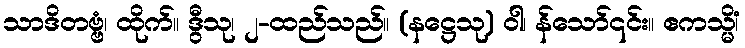
သာဒိတဗ္ဗံ၊ ထိုက်။ ဒွီသု၊ ၂-ထည်သည်။ (နဋ္ဌေသု) ဝါ၊ န်သော်၎င်း။ ဧကသ္မိံ၊